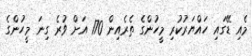
މެއި ޑޭގައި ހައްޔަރުކުރި މީހުންގެ ތެރެއިން 170 އަށް ވުރެ ގިނަ މީހުންގެ